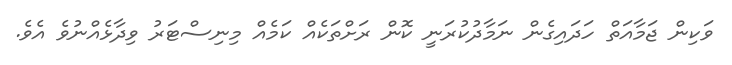
ވަކިން ޖަމާއަތް ހަދައިގެން ނަމާދުކުރަނީ ކޮން ރަށްތަކެއް ކަމެއް މިނިސްޓަރު ވިދާޅެއްނުވެ އެވެ.